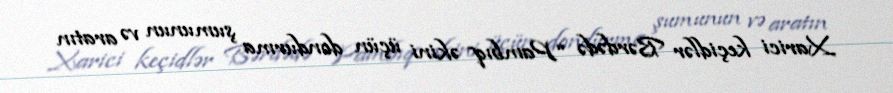
Xarici keçidlər Bərdədə “Pambıq əkini üçün dondurma şumunun və aratın